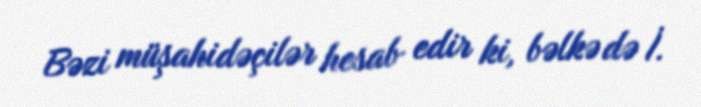
Bəzi müşahidəçilər hesab edir ki, bəlkə də İ.